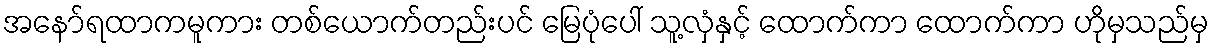
အနော်ရထာကမူကား တစ်ယောက်တည်းပင် မြေပုံပေါ် သူ့လှံနှင့် ထောက်ကာ ထောက်ကာ ဟိုမှသည်မှ